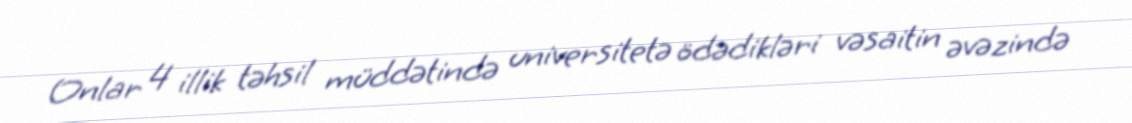
Onlar 4 illik təhsil müddətində universitetə ödədikləri vəsaitin əvəzində